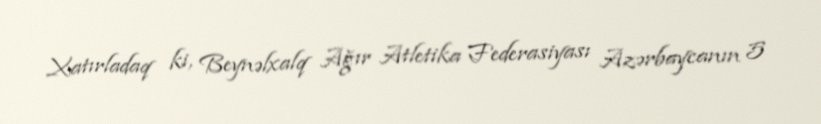
Xatırladaq ki, Beynəlxalq Ağır Atletika Federasiyası Azərbaycanın 5